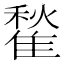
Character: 䨂